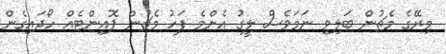
މިރޭގެ މެޗުން ބަލިވި ނަމަވެސް ލީގު އެންމެ ފަހު މެޗުން ޕޮއިންޓެއް ހޯދައިގެން